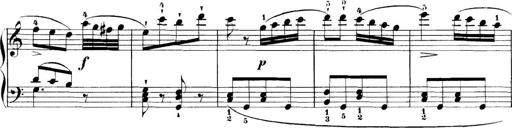
Title: 11 Sonatinas
Composer: Anton Diabelli